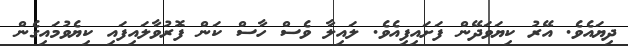
ދިޔައެވެ. އޭރު ކިޔަވަދޭން ފަށައިފިއެވެ. ލައިލާ ވެސް ހާސް ކަން ފޮރުވާލައިފައި ކިޔެވުމައިގެން